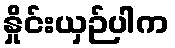
နှိုင်းယှဉ်ပါက